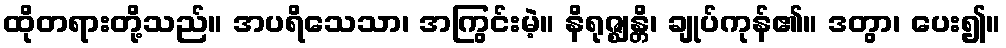
ထိုတရားတို့သည်။ အပရိသေသာ၊ အကြွင်းမဲ့။ နိရုဇ္ဈန္တိ၊ ချုပ်ကုန်၏။ ဒတွာ၊ ပေး၍။